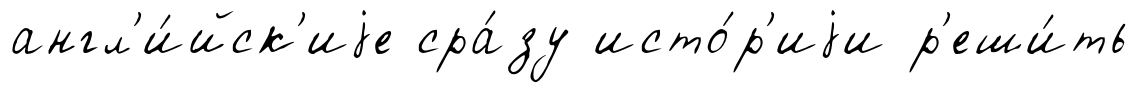
англ'и́йск'иjе сра́зу исто́р'иjи р'еши́ть